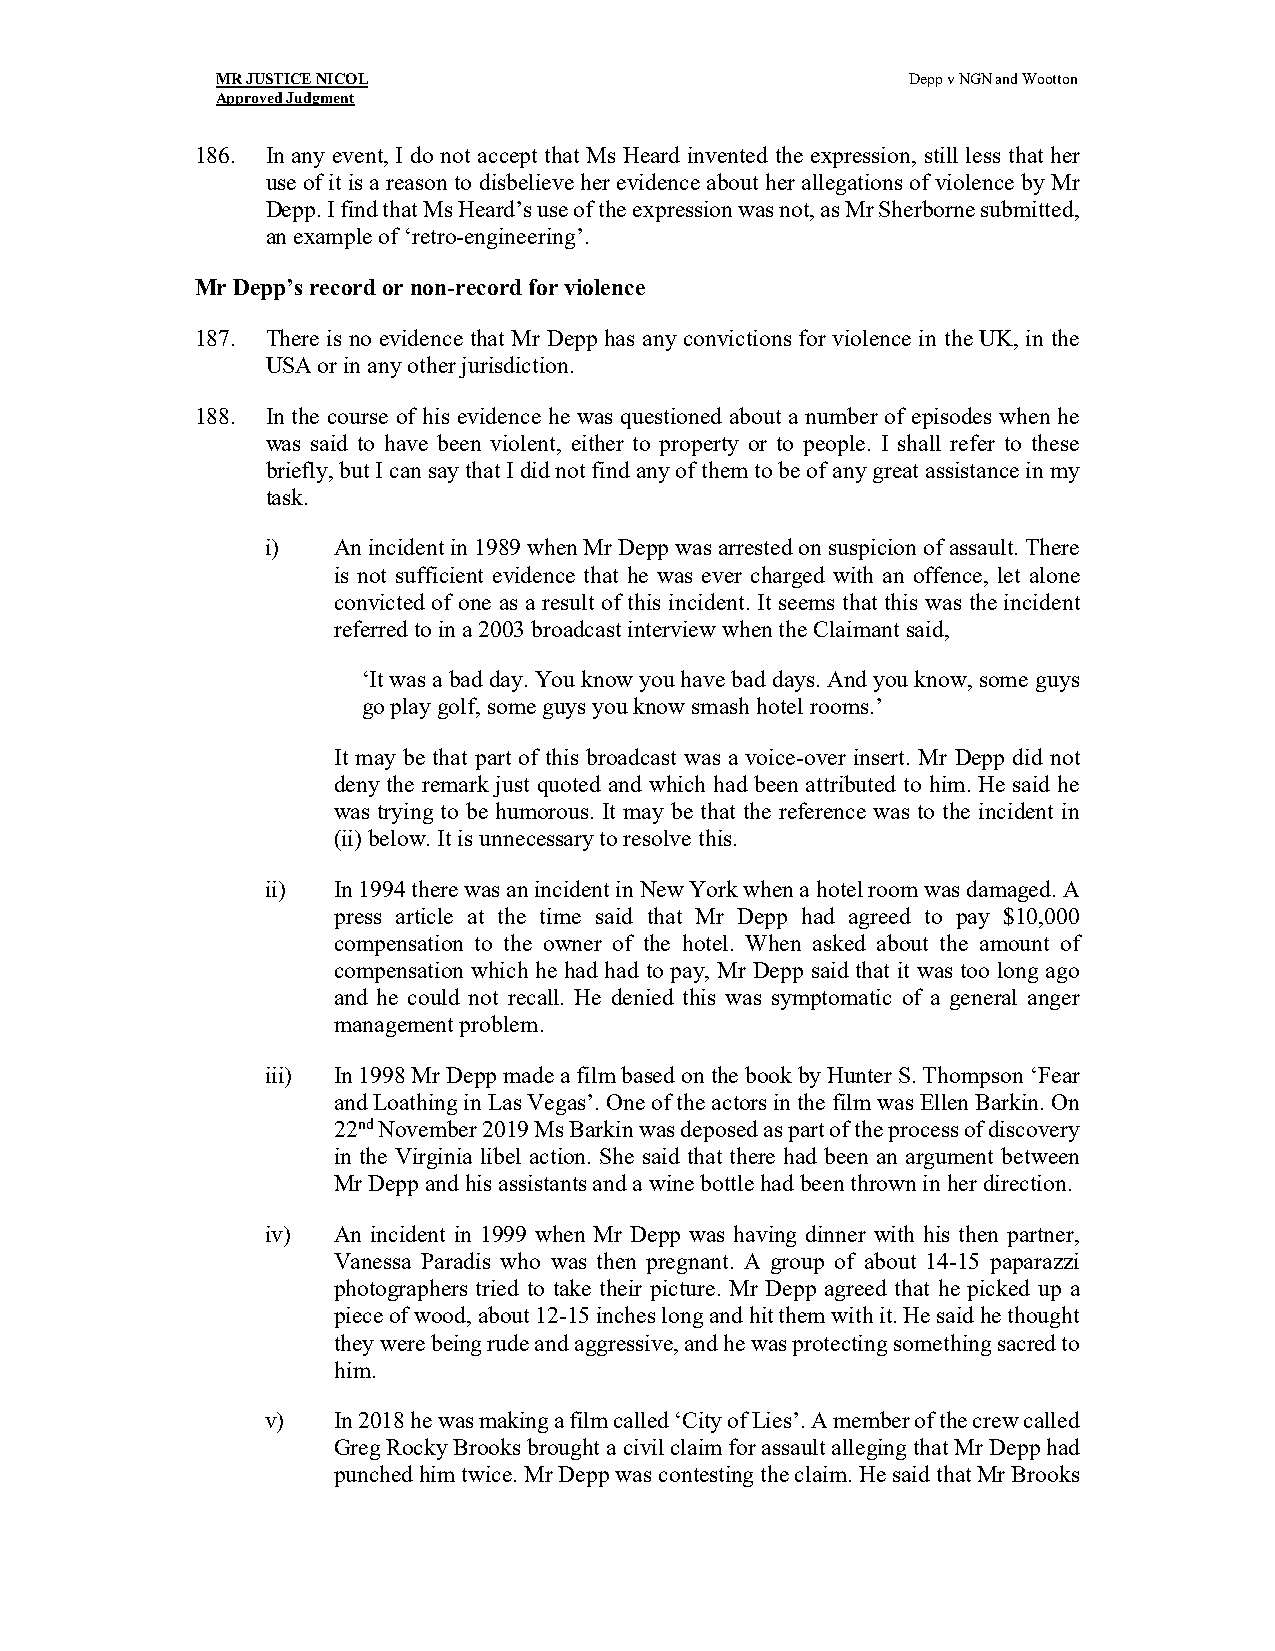
MR JUSTICE NICOL                              Depp v NGN and Wootton
 Approved Judgment
 186. In any event, I do not accept that Ms Heard invented the expression, still less that her
 use of it is a reason to disbelieve her evidence about her allegations of violence by Mr
 Depp. I find that Ms Heard’s use of the expression was not, as Mr Sherborne submitted,
 an example of ‘retro-engineering’.
 Mr Depp’s record or non-record for violence
 187. There is no evidence that Mr Depp has any convictions for violence in the UK, in the
 USA or in any other jurisdiction.
 188. In the course of his evidence he was questioned about a number of episodes when he
 was said to have been violent, either to property or to people. I shall refer to these
 briefly, but I can say that I did not find any of them to be of any great assistance in my
 task.
 i)  An incident in 1989 when Mr Depp was arrested on suspicion of assault. There
 is not sufficient evidence that he was ever charged with an offence, let alone
 convicted of one as a result of this incident. It seems that this was the incident
 referred to in a 2003 broadcast interview when the Claimant said,
 ‘It was a bad day. You know you have bad days. And you know, some guys
 go play golf, some guys you know smash hotel rooms.’
 It may be that part of this broadcast was a voice-over insert. Mr Depp did not
 deny the remark just quoted and which had been attributed to him. He said he
 was trying to be humorous. It may be that the reference was to the incident in
 (ii) below. It is unnecessary to resolve this.
 ii) In 1994 there was an incident in New York when a hotel room was damaged. A
 press article at the time said that Mr Depp had agreed to pay $10,000
 compensation to the owner of the hotel. When asked about the amount of
 compensation which he had had to pay, Mr Depp said that it was too long ago
 and he could not recall. He denied this was symptomatic of a general anger
 management problem.
 iii) In 1998 Mr Depp made a film based on the book by Hunter S. Thompson ‘Fear
 and Loathing in Las Vegas’. One of the actors in the film was Ellen Barkin. On
 22nd November 2019 Ms Barkin was deposed as part of the process of discovery
 in the Virginia libel action. She said that there had been an argument between
 Mr Depp and his assistants and a wine bottle had been thrown in her direction.
 iv) An incident in 1999 when Mr Depp was having dinner with his then partner,
 Vanessa Paradis who was then pregnant. A group of about 14-15 paparazzi
 photographers tried to take their picture. Mr Depp agreed that he picked up a
 piece of wood, about 12-15 inches long and hit them with it. He said he thought
 they were being rude and aggressive, and he was protecting something sacred to
 him.
 v)  In 2018 he was making a film called ‘City of Lies’. A member of the crew called
 Greg Rocky Brooks brought a civil claim for assault alleging that Mr Depp had
 punched him twice. Mr Depp was contesting the claim. He said that Mr Brooks